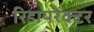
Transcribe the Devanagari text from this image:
रिडायरेक्टर